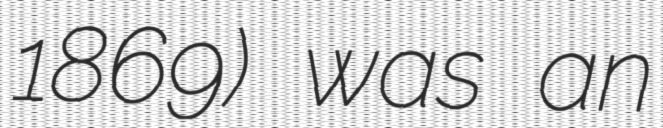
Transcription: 1869) was an